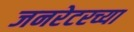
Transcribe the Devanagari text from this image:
जनरेटरच्या